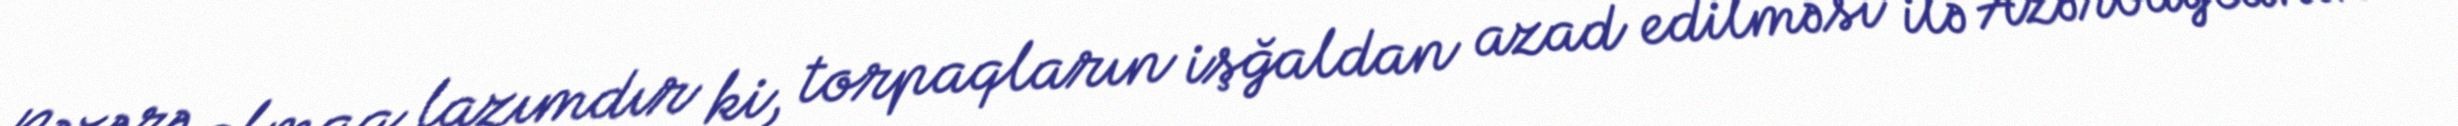
Nəzərə almaq lazımdır ki, torpaqların işğaldan azad edilməsi ilə Azərbaycanın